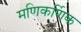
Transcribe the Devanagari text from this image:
मणिकर्णिक